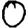
Digit: 0